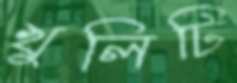
খুলিটি